Civil Veterinary Dept. North-West Frontier Province 1923-32 - 1923-1932
Year: 1923
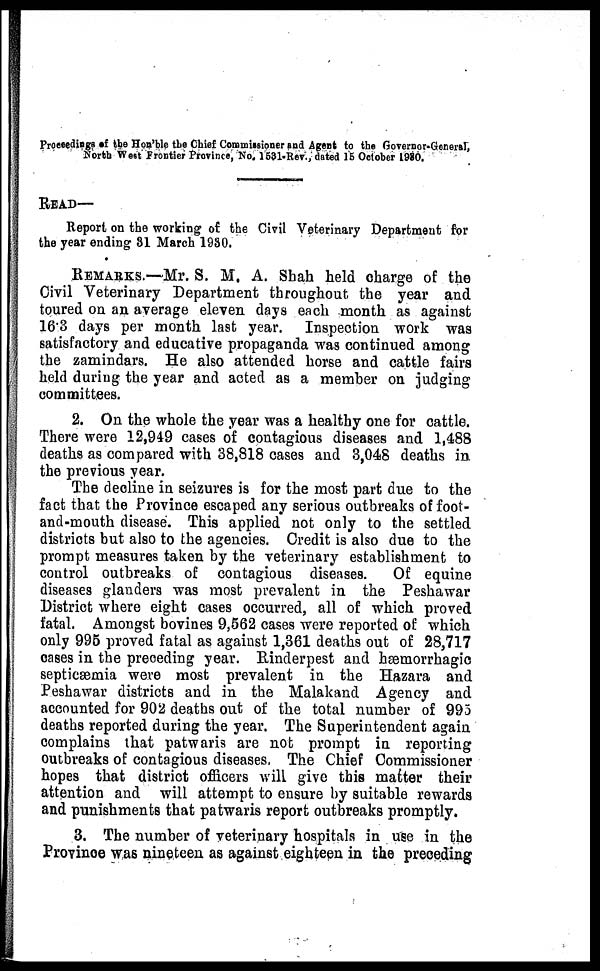
Proceedings of the Hon'ble the Chief Commissioner and Agent to the Governor-General,
North West Frontier Province, No. 1531-Rev., dated 15 October 1980.
READ—
Report on the working of the Civil Veterinary Department for
the year ending 31 March 1930.
REMARKS.—Mr. S. M. A. Shah held charge of the
Civil Veterinary Department throughout the year and
toured on an average eleven days each month as against
16.3 days per month last year. Inspection work was
satisfactory and educative propaganda was continued among
the zamindars. He also attended horse and cattle fairs
held during the year and acted as a member on judging
committees.
2. On the whole the year was a healthy one for cattle.
There were 12,949 cases of contagious diseases and 1,488
deaths as compared with 38,818 cases and 3,048 deaths in
the previous year.
The decline in seizures is for the most part due to the
fact that the Province escaped any serious outbreaks of foot-
and-mouth disease. This applied not only to the settled
districts but also to the agencies. Credit is also due to the
prompt measures taken by the veterinary establishment to
control outbreaks of contagious diseases.
Of equine
diseases glanders was most prevalent in the Peshawar
District where eight cases occurred, all of which proved
fatal. Amongst bovines 9,562 cases were reported of which
only 995 proved fatal as against 1,361 deaths out of 28,717
cases in the preceding year. Rinderpest and hæmorrhagic
septicæmia were most prevalent in the Hazara and
Peshawar districts and in the Malakand Agency and
accounted for 902 deaths out of the total number of 995
deaths reported during the year. The Superintendent again
complains that patwaris are not prompt in reporting
outbreaks of contagious diseases, The Chief Commissioner
hopes that district officers will give this matter their
attention and will attempt to ensure by suitable rewards
and punishments that patwaris report outbreaks promptly.
3. The number of veterinary hospitals in use in the
Province was nineteen as against eighteen in the preceding